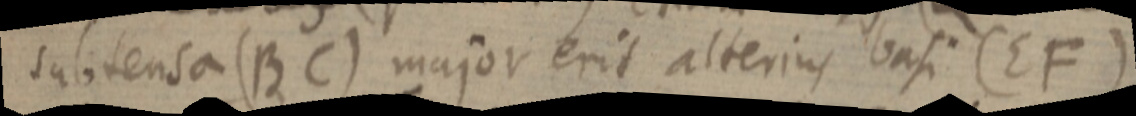
subtensa (BC) major erit alterius basi (EF)